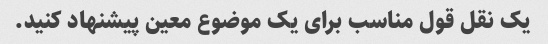
یک نقل قول مناسب برای یک موضوع معین پیشنهاد کنید.